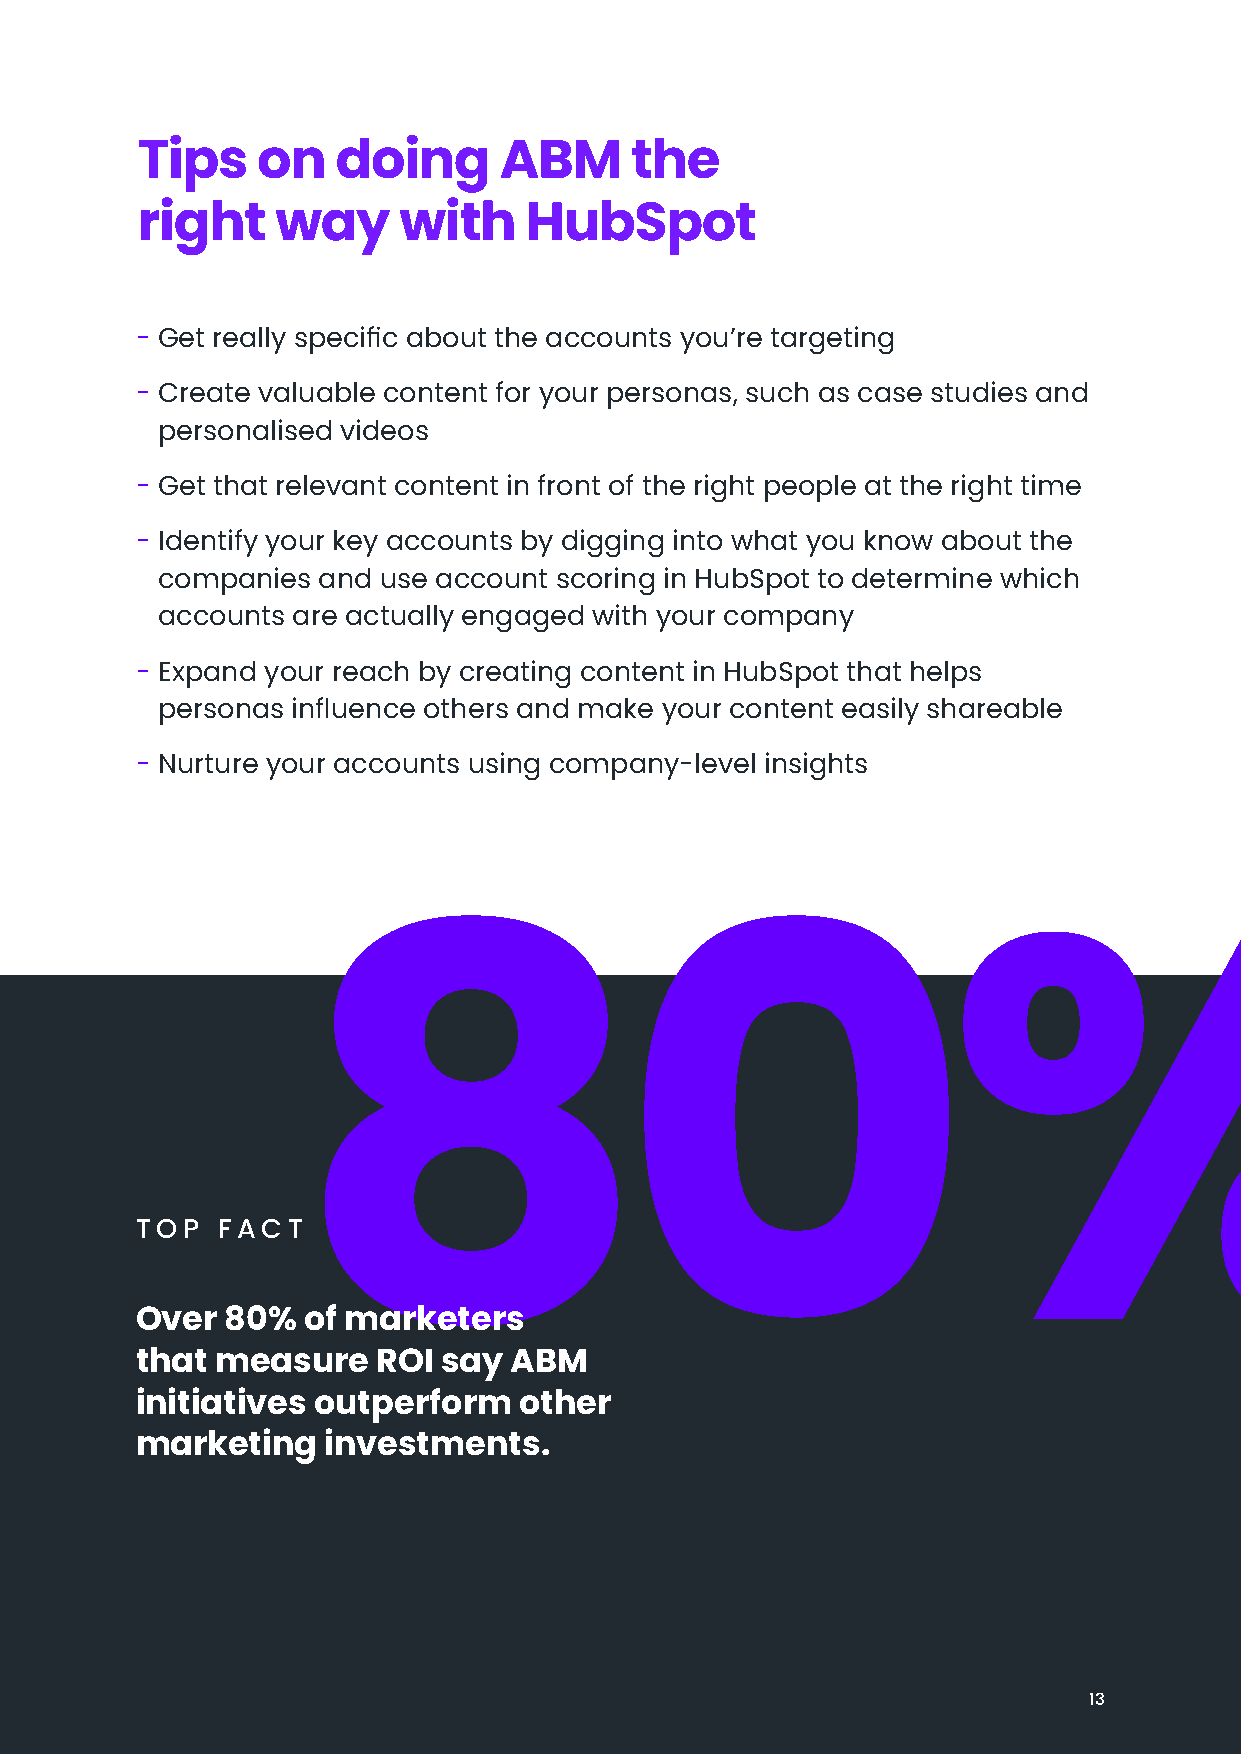
Tips    on   doing      ABM      the
 right    way     with     HubSpot
 - Get really specific about the accounts you’re targeting
 - Create valuable content for your personas, such as case studies and
 personalised videos
 - Get that relevant content in front of the right people at the right time
 - Identify your key accounts by digging into what you know about the
 companies  and use account scoring in HubSpot to determine which
 accounts are actually engaged with your company
 - Expand your reach by creating content in HubSpot that helps
 personas influence others and make your content easily shareable
 - Nurture your accounts using company-level insights
 80%
 TOP  FACT
 Over  80%  of marketers
 that measure    ROI say  ABM
 initiatives outperform   other
 marketing   investments.
 13